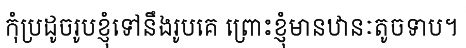
កុំប្រដូចរូបខ្ញុំទៅនឹងរូបគេ ព្រោះខ្ញុំមានឋានៈតូចទាប។